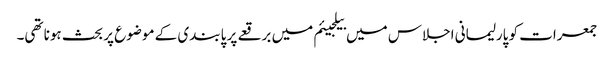
جمعرات کو پارلیمانی اجلاس میں بیلجیئم میں برقعے پر پابندی کے موضوع پر بحث ہونا تھی۔